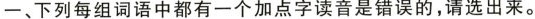
一、下列每组词语中都有一个加点字读音是错误的，请选出来。